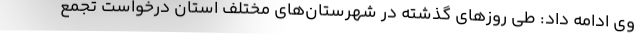
وی ادامه داد: طی روزهای گذشته در شهرستان‌های مختلف استان درخواست تجمع